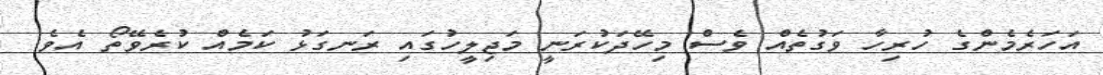
އަހަރެމެންގެ ހުރިހާ ވަގުތެއް ވެސް މިހޭދަކުރަނީ މަޖިލީހުގައި ރަނގަޅު ކަމެއް ކުރެވޭތޯ އެވެ.